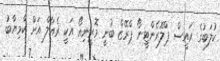
ކުލަބުގެ ރައީސް ޕްލޮރެންޓީނޯ ޕްރޭޒް ބުނީ މޮރީނިއޯ އަކީ ރެއާލް އަށް ކާމިޔާބު